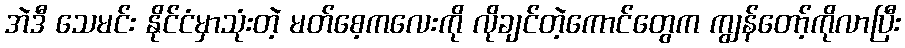
အဲဒီ သေမင်း နိုင်ငံမှာသုံးတဲ့ မတ်စေ့ကလေးကို လိုချင်တဲ့ကောင်တွေက ကျွန်တော့်ကိုလာပြီး